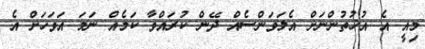
މިއީ އެ އުޚުތުންނަށް އެލަވަންސެއް ދޭން ކުރައްވާ ކަމެއް ނަމަ އަވަހަށް އެ